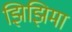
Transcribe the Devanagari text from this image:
झिझिमा